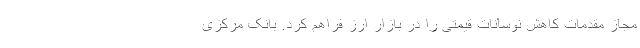
مجاز مقدمات کاهش نوسانات قیمتی را در بازار ارز فراهم کرد. بانک مرکزی